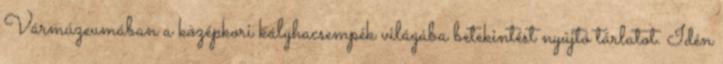
Vármúzeumában a középkori kályhacsempék világába betekintést nyújtó tárlatot. Idén